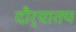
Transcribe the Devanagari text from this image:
दौर्‍यातच